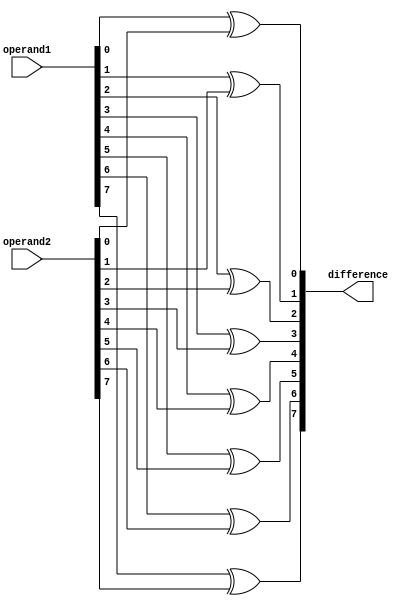
module Gate_Level_Subtractor (
    input [7:0] operand1,
    input [7:0] operand2,
    output reg [7:0] difference
);

genvar i;
generate
    for (i = 0; i < 8; i = i + 1) begin
        assign difference[i] = operand1[i] ^ operand2[i];
    end
endgenerate

endmodule